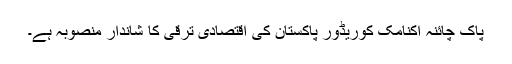
پاک چائنہ اکنامک کوریڈور پاکستان کی اقتصادی ترقی کا شاندار منصوبہ ہے۔